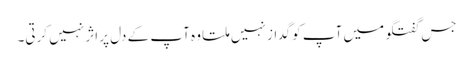
جس گفتگو میں آپ کو گداز نہیں ملتا وہ آپ کے دل پر اثر نہیں کرتی۔